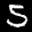
Label: 5